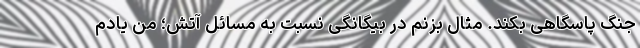
جنگ پاسگاهی بکند. مثال بزنم در بیگانگی نسبت به مسائل آتش؛ من یادم